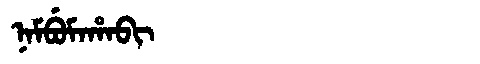
Manchu: ᠨᠠᠮᠪᡠᠮᠠᡥᠠᠪᡳ
Romanization: NAMBUMAHABI